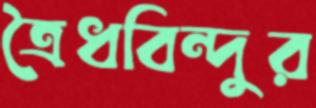
ত্রৈধবিন্দুর